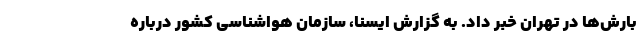
بارش‌ها در تهران خبر داد. به گزارش ایسنا، سازمان هواشناسی کشور درباره